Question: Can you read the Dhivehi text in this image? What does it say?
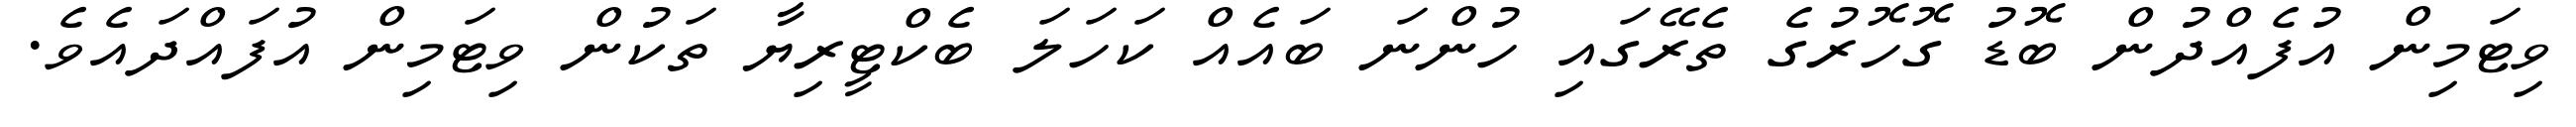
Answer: ވިޓަމިން އުފެއްދުން ބޮޑު ގޮހޮރުގެ ތެރޭގައި ހުންނަ ބައެއް ކަހަލަ ބެކްޓީރިޔާ ތަކުން ވިޓަމިން އުފައްދައެވެ.